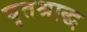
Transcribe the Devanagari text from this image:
घृतश्राद्ध